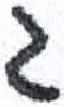
אות: ג